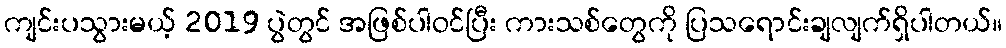
ကျင်းပသွားမယ့် 2019 ပွဲတွင် အဖြစ်ပါဝင်ပြီး ကားသစ်တွေကို ပြသရောင်းချလျက်ရှိပါတယ်။